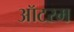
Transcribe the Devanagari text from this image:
ऑटरम